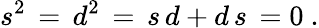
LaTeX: s^{2}\, =\, d^{2}\, =\, s\, d+d\, s\, =0\ .